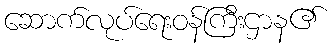
ဆောက်လုပ်ရေးဝန်ကြီးဌာန၏